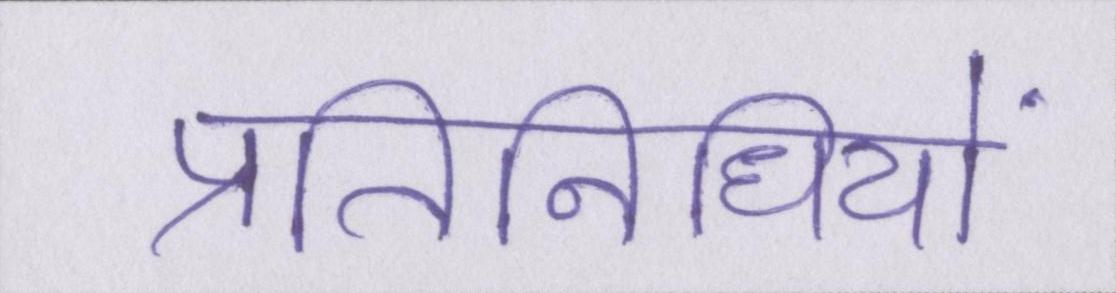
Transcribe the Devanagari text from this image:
प्रतिनिधियों